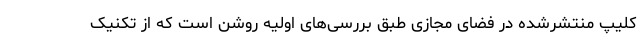
کلیپ منتشرشده در فضای مجازی طبق بررسی‌های اولیه روشن است که از تکنیک